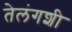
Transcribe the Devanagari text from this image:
तेलंगशी